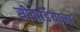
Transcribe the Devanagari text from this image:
सीवार्डियाना